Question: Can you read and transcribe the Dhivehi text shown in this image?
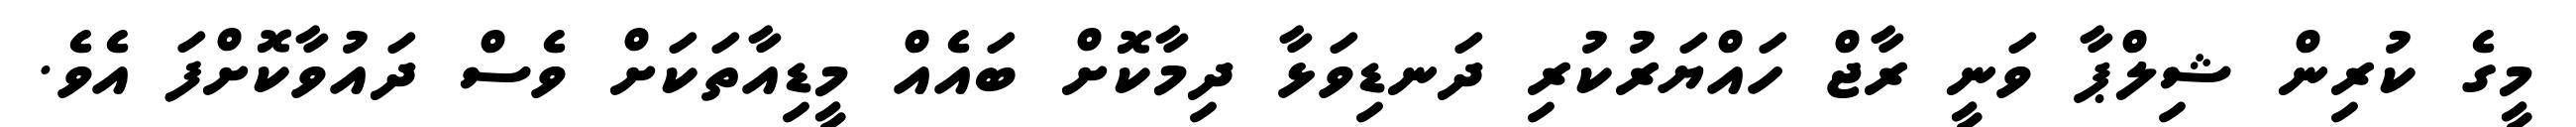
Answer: މީގެ ކުރިން ޝިލްޕާ ވަނީ ރާޖް ހައްޔަރުކުރި ދަނޑިވަޅާ ދިމާކޮށް ބައެއް މީޑިއާތަކަށް ވެސް ދައުވާކޮށްފަ އެވެ.